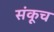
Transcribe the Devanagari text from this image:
संकूच